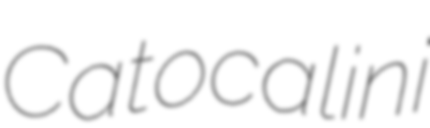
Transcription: Catocalini